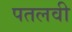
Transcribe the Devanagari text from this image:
पतलवी